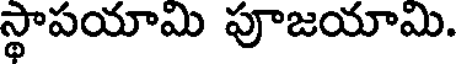
స్థాపయామి పూజయామి.